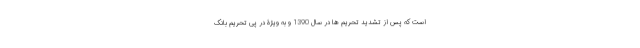
است که پس از تشدید تحریم ها در سال 1390 و به ویژۀ در پی تحریم بانک